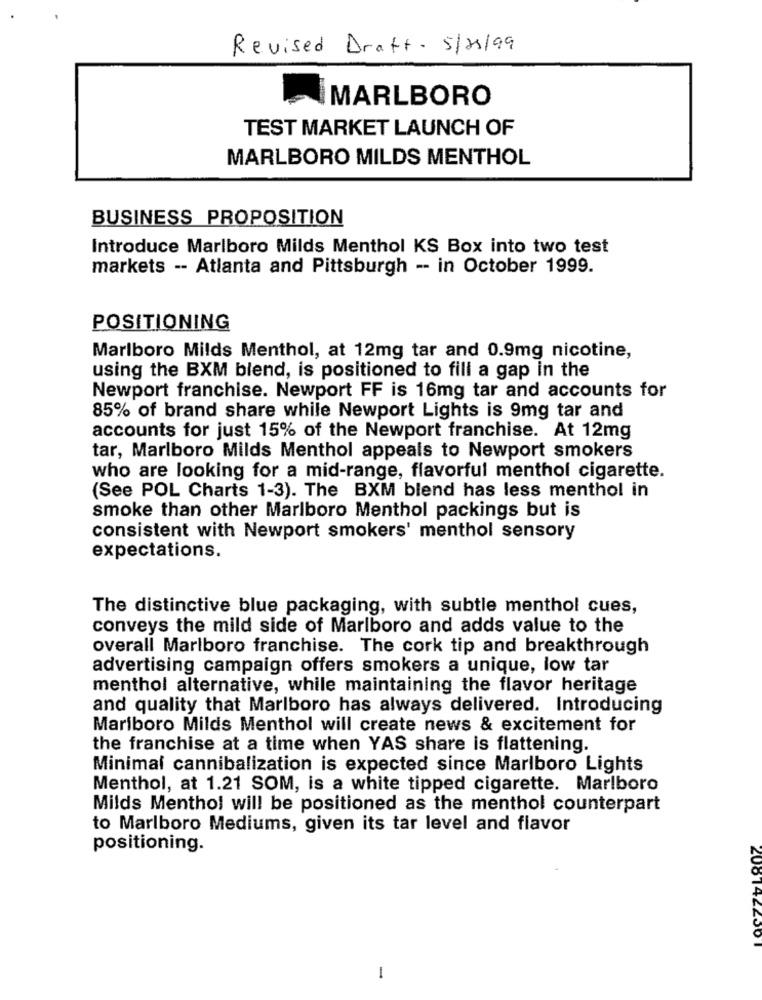
Revised Draft- 5/28/99
MARLBORO
TEST MARKET LAUNCH OF
MARLBORO MILDS MENTHOL
BUSINESS PROPOSITION
Introduce Marlboro Milds Menthol KS Box into two test
markets -- Atlanta and Pittsburgh -- in October 1999.
POSITIONING
Marlboro Milds Menthol, at 12mg tar and 0.9mg nicotine,
using the BXM blend, is positioned to fill a gap in the
Newport franchise. Newport FF is 16mg tar and accounts for
85% of brand share while Newport Lights is 9mg tar and
accounts for just 15% of the Newport franchise. At 12mg
tar, Marlboro Milds Menthol appeals to Newport smokers
who are looking for a mid-range, flavorful menthol cigarette.
(See POL Charts 1-3). The BXM blend has less menthol in
smoke than other Marlboro Menthol packings but is
consistent with Newport smokers' menthol sensory
expectations.
The distinctive blue packaging, with subtle menthol cues,
conveys the mild side of Marlboro and adds value to the
overall Marlboro franchise. The cork tip and breakthrough
advertising campaign offers smokers a unique, low tar
menthol alternative, while maintaining the flavor heritage
and quality that Marlboro has always delivered. Introducing
Marlboro Milds Menthol will create news & excitement for
the franchise at a time when YAS share is flattening.
Minimal cannibalization is expected since Marlboro Lights
Menthol, at 1.21 SOM, is a white tipped cigarette. Marlboro
Milds Menthol will be positioned as the menthol counterpart
to Marlboro Mediums, given its tar level and flavor
positioning.
200 1422001
1